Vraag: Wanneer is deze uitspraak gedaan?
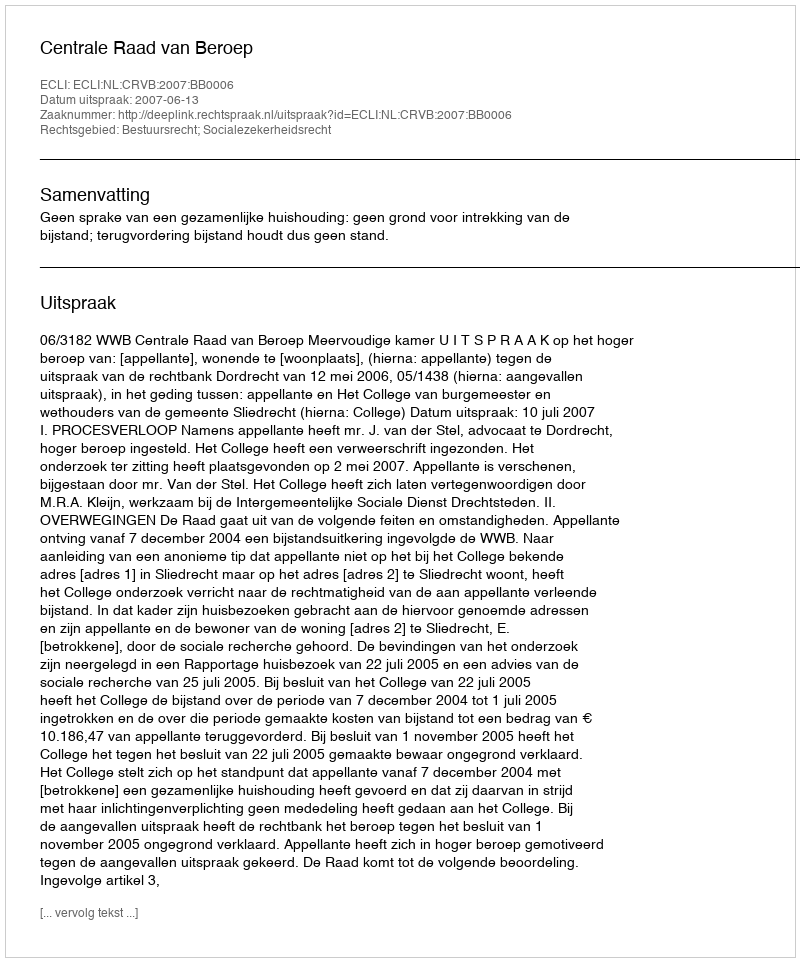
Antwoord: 2007-06-13